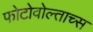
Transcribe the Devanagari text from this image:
फोटोवोल्ताच्स